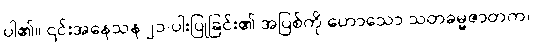
ပါ၏။ ၎င်းအနေသန ၂၁-ပါးပြုခြင်း၏ အပြစ်ကို ဟောသော သတဓမ္မဇာတက၊